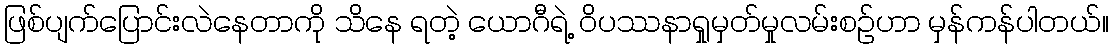
ဖြစ်ပျက်ပြောင်းလဲနေတာကို သိနေ ရတဲ့ ယောဂီရဲ့ ဝိပဿနာရှုမှတ်မှုလမ်းစဉ်ဟာ မှန်ကန်ပါတယ်။